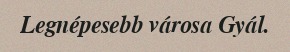
Legnépesebb városa Gyál.